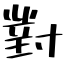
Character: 對